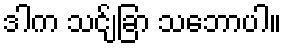
ဒါက သင်ျခြာ သဘောပါ။